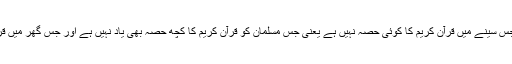
اسی طرح ایک اور ارشاد گرامی میں نبی اکرم صلی اللہ علیہ وسلم نے فرمایا ہے کہ جس سینے میں قرآن کریم کا کوئی حصہ نہیں ہے یعنی جس مسلمان کو قرآن کریم کا کچھ حصہ بھی یاد نہیں ہے اور جس گھر میں قرآن کریم کی تلاوت نہیں ہوتی وہ ’’کالبیت الخرب‘‘ وہ اجڑے ہوئے گھر کی طرح ہے۔